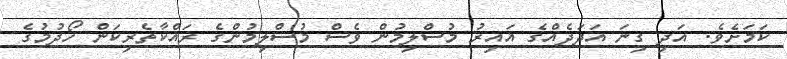
ކަމަށެވެ. އަދި ގިނަ އަދަދެއްގެ ޣައިރު މުސްލިމުން ވެސް މުސްލިމުންގެ ރައްކާތެރިކަން ހޯދުމުގެ